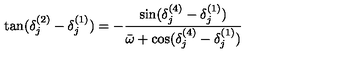
\tan ( \delta _ { j } ^ { ( 2 ) } - \delta _ { j } ^ { ( 1 ) } ) = - { \frac { \sin ( \delta _ { j } ^ { ( 4 ) } - \delta _ { j } ^ { ( 1 ) } ) } { \bar { \omega } + \cos ( \delta _ { j } ^ { ( 4 ) } - \delta _ { j } ^ { ( 1 ) } ) } }